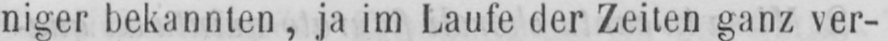
niger bekannten, ja im Laufe der Zeiten ganz ver-